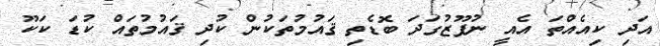
އަދި ކިއެއްތަ އެއީ ނުފޫޒުގަދަ ބޮޑެތި ޤައުމުތަކުން ކުދި ޤައުމުތައް ކުޑަ ކަކޫ